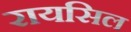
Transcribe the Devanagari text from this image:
रायसिल